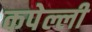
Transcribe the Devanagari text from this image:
कपेल्ली